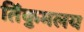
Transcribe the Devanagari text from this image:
तिंकुमलय